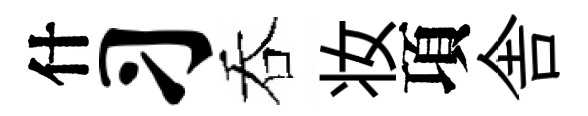
什习吞妆項舎